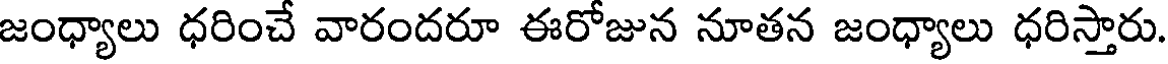
జంధ్యాలు ధరించే వారందరూ ఈరోజున నూతన జంధ్యాలు ధరిస్తారు.